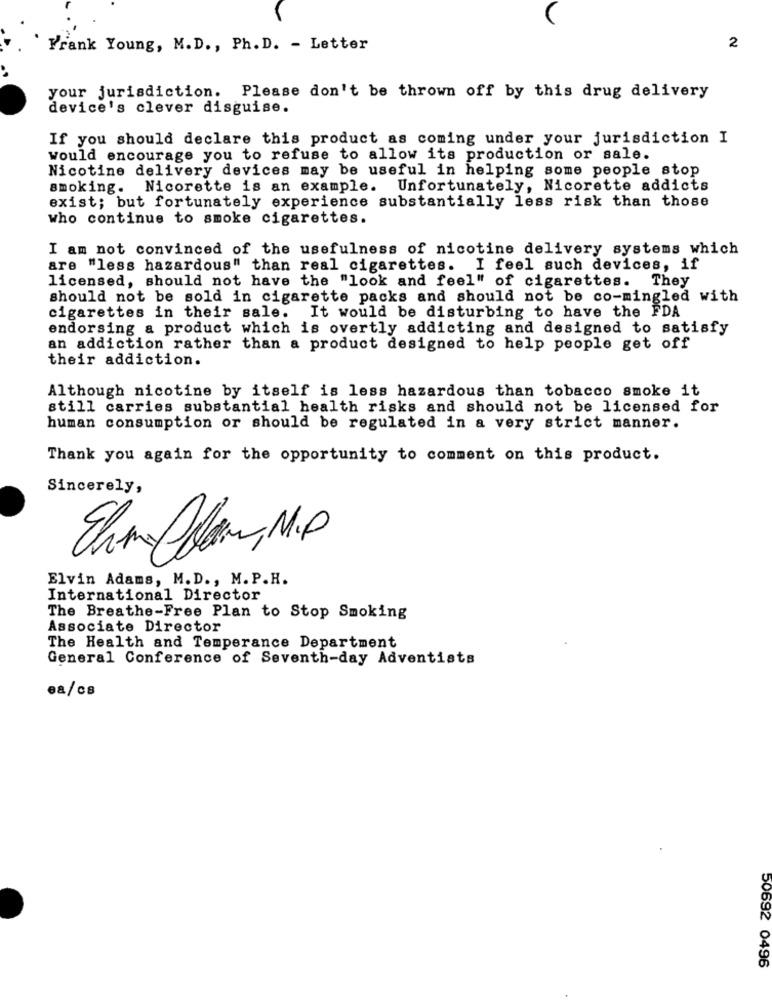
Frank Young, M.D ., Ph. D. - Letter
2
your jurisdiction. Please don't be thrown off by this drug delivery
device's clever disguise.
If you should declare this product as coming under your jurisdiction I
would encourage you to refuse to allow its production or sale.
Nicotine delivery devices may be useful in helping some people stop
smoking. Nicorette is an example. Unfortunately, Nicorette addicts
exist; but fortunately experience substantially less risk than those
who continue to smoke cigarettes.
I am not convinced of the usefulness of nicotine delivery systems which
are "less hazardous" than real cigarettes. I feel such devices, if
licensed, should not have the "look and feel" of cigarettes. They
should not be sold in cigarette packs and should not be co-mingled with
cigarettes in their sale. It would be disturbing to have the FDA
endorsing a product which is overtly addicting and designed to satisfy
an addiction rather than a product designed to help people get off
their addiction.
Although nicotine by itself is less hazardous than tobacco smoke it
still carries substantial health risks and should not be licensed for
human consumption or should be regulated in a very strict manner.
Thank you again for the opportunity to comment on this product.
Sincerely,
Elvin Adams, M.D ., M. P.H.
International Director
The Breathe-Free Plan to Stop Smoking
Associate Director
The Health and Temperance Department
General Conference of Seventh-day Adventists
ea/cB
50692 0496